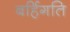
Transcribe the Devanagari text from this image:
बर्हिगति